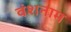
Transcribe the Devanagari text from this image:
वंशनाम